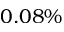
0 . 0 8 \%